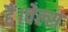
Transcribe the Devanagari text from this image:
हैं।वेल्स